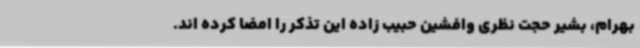
بهرام، بشیر حجت نظری وافشین حبیب زاده این تذکر را امضا کرده اند.